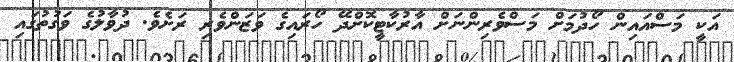
އަކީ މަސްއައިން ހޯދުމަށް މަސްވެރިންނަށް އާރުކާޓީކޮށްދޭ ހޯރައިގެ ވަޒަންވެރި ރަށެވެ. ދުވާލުގެ ވަގުތުގައި